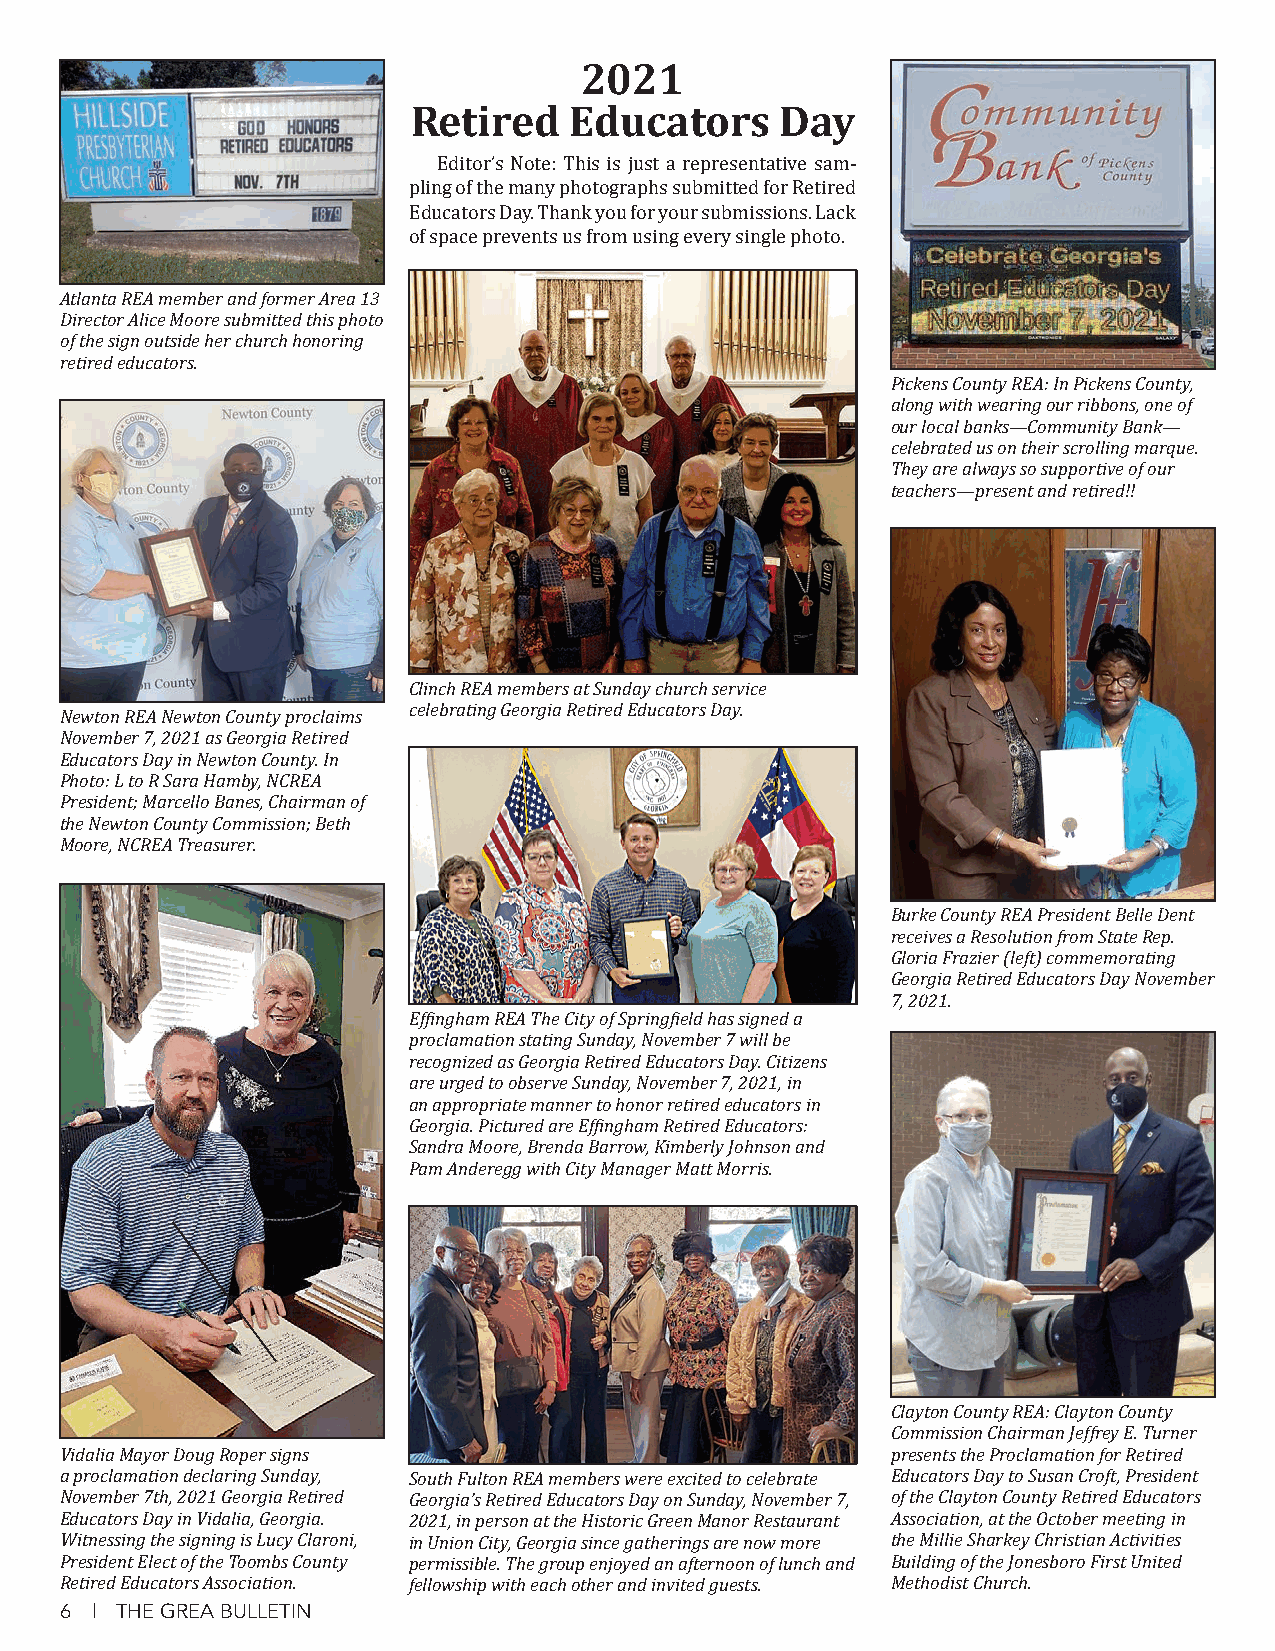
2021
 Retired    Educators     Day
 Editor’s Note: This is just a representative sam-
 pling of the many photographs submitted for Retired
 Educators Day. Thank you for your submissions. Lack
 of space prevents us from using every single photo.
 Atlanta REA member and former Area 13
 Director Alice Moore submitted this photo
 of the sign outside her church honoring
 retired educators.
 Pickens County REA: In Pickens County,
 along with wearing our ribbons, one of
 our local banks—Community Bank—
 celebrated us on their scrolling marque.
 They are always so supportive of our
 teachers—present and retired!!
 Clinch REA members at Sunday church service
 celebrating Georgia Retired Educators Day.
 Newton REA Newton County proclaims
 November 7, 2021 as Georgia Retired
 Educators Day in Newton County. In
 Photo: L to R Sara Hamby, NCREA
 President; Marcello Banes, Chairman of
 the Newton County Commission; Beth
 Moore, NCREA Treasurer.
 Burke County REA President Belle Dent
 receives a Resolution from State Rep.
 Gloria Frazier (left) commemorating
 Georgia Retired Educators Day November
 7, 2021.
 Effingham REA The City of Springfield has signed a
 proclamation stating Sunday, November 7 will be
 recognized as Georgia Retired Educators Day. Citizens
 are urged to observe Sunday, November 7, 2021, in
 an appropriate manner to honor retired educators in
 Georgia. Pictured are Effingham Retired Educators:
 Sandra Moore, Brenda Barrow, Kimberly Johnson and
 Pam Anderegg with City Manager Matt Morris.
 Clayton County REA: Clayton County
 Commission Chairman Jeffrey E. Turner
 Vidalia Mayor Doug Roper signs                         presents the Proclamation for Retired
 a proclamation declaring Sunday, South Fulton REA members were excited to celebrate Educators Day to Susan Croft, President
 November 7th, 2021 Georgia Retired Georgia’s Retired Educators Day on Sunday, November 7, of the Clayton County Retired Educators
 Educators Day in Vidalia, Georgia. 2021, in person at the Historic Green Manor Restaurant Association, at the October meeting in
 Witnessing the signing is Lucy Claroni, in Union City, Georgia since gatherings are now more the Millie Sharkey Christian Activities
 President Elect of the Toombs County permissible. The group enjoyed an afternoon of lunch and Building of the Jonesboro First United
 Retired Educators Association. fellowship with each other and invited guests. Methodist Church.
 6 | THE GREA BULLETIN